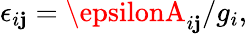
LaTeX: \epsilon_{i\mathbf{j}}=\epsilonA_{i\mathbf{j}}/g_{i},